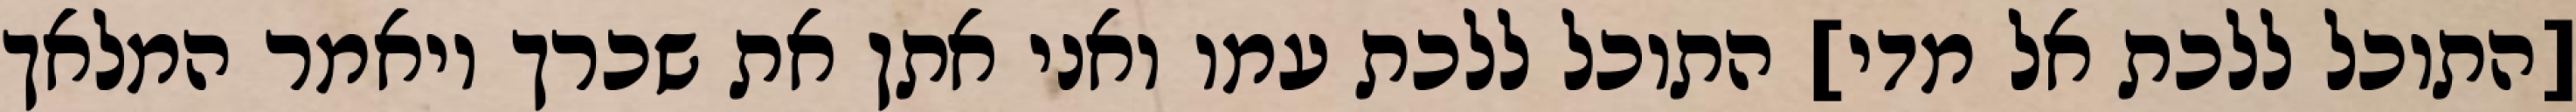
[התוכל ללכת אל מדי] התוכל ללכת עמו ואני אתן את שכרך ויאמר המלאך